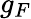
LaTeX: g_{F}